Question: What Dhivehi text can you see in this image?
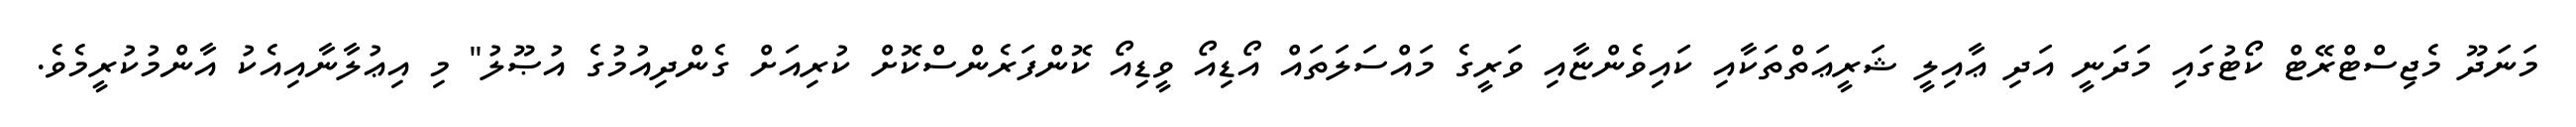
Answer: މަނަދޫ މެޖިސްޓްރޭޓް ކޯޓުގައި މަދަނީ އަދި ޢާއިލީ ޝަރީޢަތްތަކާއި ކައިވެންޏާއި ވަރީގެ މައްސަލަތައް އޯޑިއޯ ވީޑިއޯ ކޮންފަރެންސްކޮށް ކުރިއަށް ގެންދިއުމުގެ އުޞޫލު" މި އިޢުލާނާއިއެކު އާންމުކުރީމެވެ.